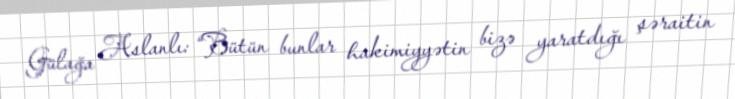
Gülağa Aslanlı: “Bütün bunlar hakimiyyətin bizə yaratdığı şəraitin